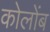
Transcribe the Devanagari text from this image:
कोलोंब